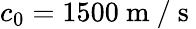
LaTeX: c_{0}=1500\mathrm{~m~}/\mathrm{~s~}